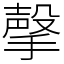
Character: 撀